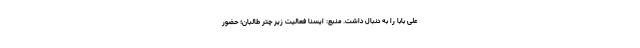
علی بابا را به دنبال داشت. منبع: ایسنا فعالیت زیر چتر طالبان؛ حضور